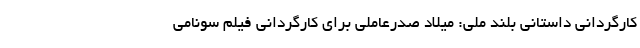
کارگردانی داستانی بلند ملی: میلاد صدرعاملی برای کارگردانی فیلم سونامی